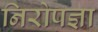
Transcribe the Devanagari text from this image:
निरोपज्ञा